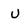
Character: U